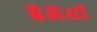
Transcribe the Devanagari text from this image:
बैलेंसों